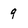
Character: 9